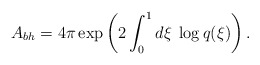
\begin{align*}A_{bh}=4\pi\exp\left(2\int_{0}^{1} d\xi\;\log q(\xi)\right).\end{align*}